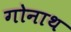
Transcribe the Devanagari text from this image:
गोनाथ